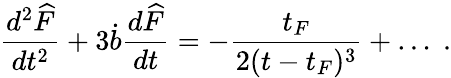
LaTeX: {\frac{d^{2}{\widehat F}}{dt^{2}}}+3\dot{b}{\frac{d{\widehat F}}{dt}}=-{\frac{t_{F}}{2(t-t_{F})^{3}}}+\dots\; .